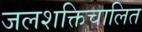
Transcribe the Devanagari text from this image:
जलशक्तिचालित